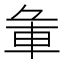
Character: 𨊬